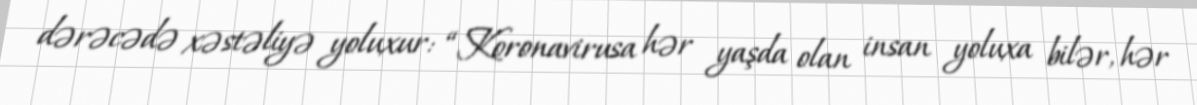
dərəcədə xəstəliyə yoluxur: “Koronavirusa hər yaşda olan insan yoluxa bilər, hər